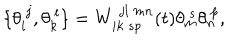
\{ \theta _ { i } ^ { ~ j } , \theta _ { k } ^ { ~ l } \} = W _ { i k ~ s p } ^ { ~ j l ~ m n } ( t ) \theta _ { m } ^ { ~ s } \theta _ { n } ^ { ~ p } ,